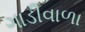
ગાડીવાળા